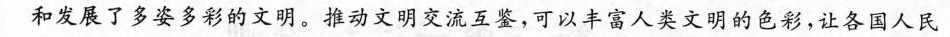
和发展了多姿多彩的文明。推动文明交流互鉴，可以丰富人类文明的色彩，让各国人民